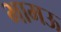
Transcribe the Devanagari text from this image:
भामऊ